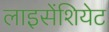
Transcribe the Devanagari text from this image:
लाइसेंशियेट